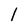
Character: l